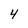
Character: 4